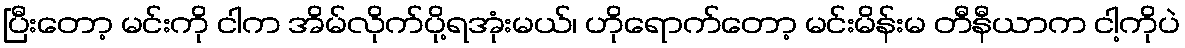
ပြီးတော့ မင်းကို ငါက အိမ်လိုက်ပို့ရအုံးမယ်၊ ဟိုရောက်တော့ မင်းမိန်းမ တီနီယာက ငါ့ကိုပဲ